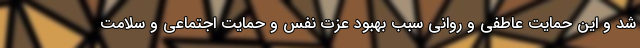
شد و این حمایت عاطفی و روانی سبب بهبود عزت نفس و حمایت اجتماعی و سلامت